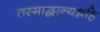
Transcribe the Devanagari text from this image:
तस्माद्धान्यन्नहि